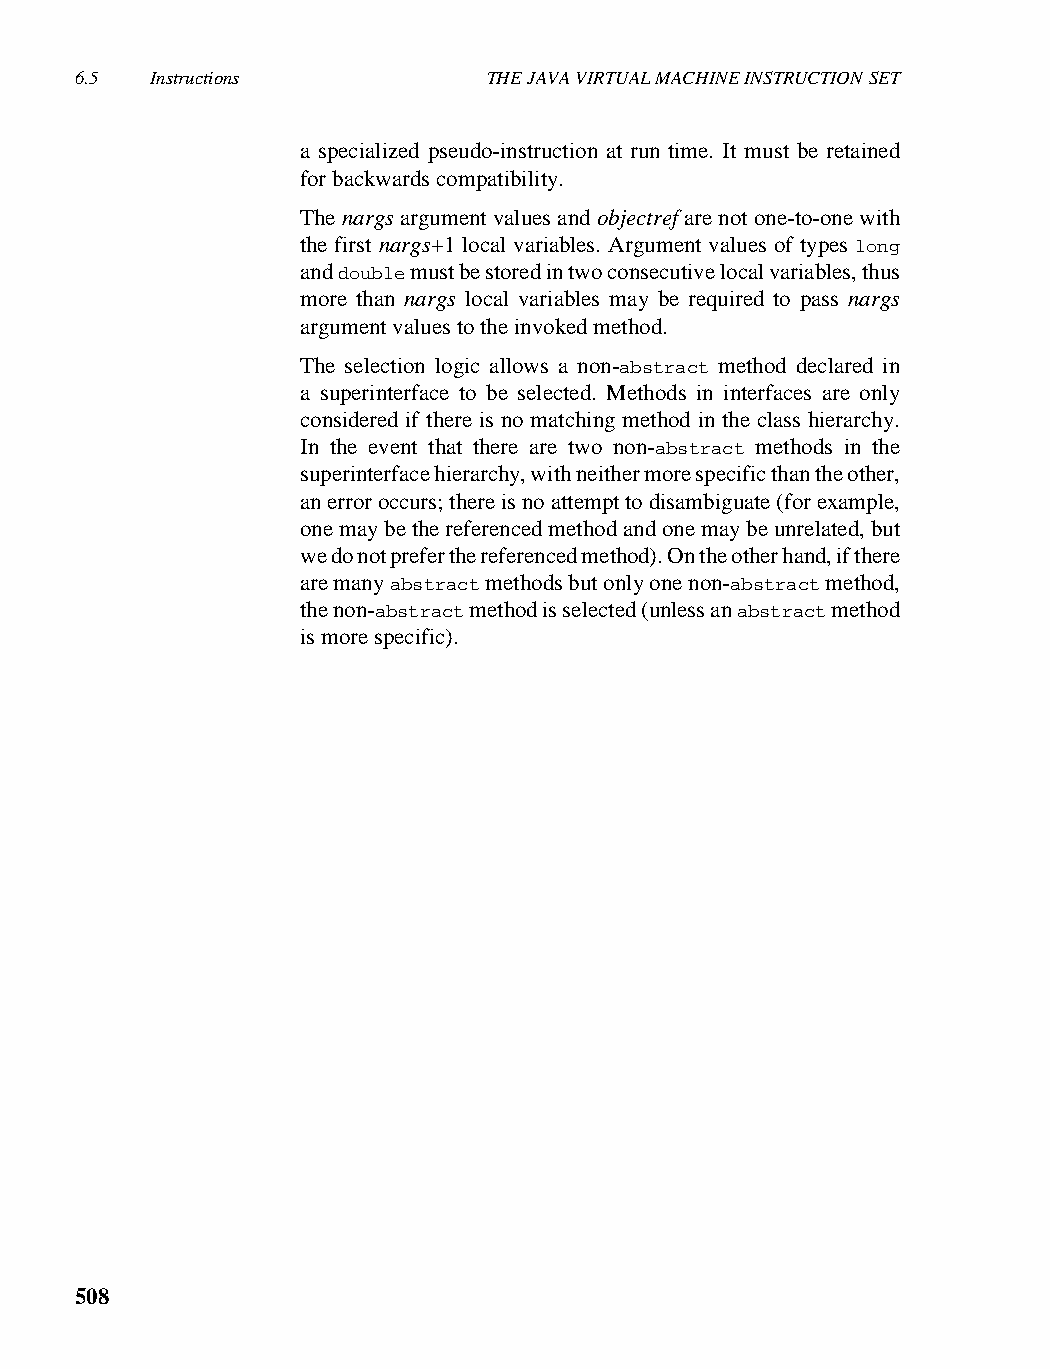
6.5  Instructions          THE JAVA VIRTUAL MACHINE INSTRUCTION SET
 a specialized pseudo-instruction at run time. It must be retained
 for backwards compatibility.
 The nargs argument values and objectref are not one-to-one with
 the first nargs+1 local variables. Argument values of types long
 and double must be stored in two consecutive local variables, thus
 more than nargs local variables may be required to pass nargs
 argument values to the invoked method.
 The selection logic allows a non-abstract method declared in
 a superinterface to be selected. Methods in interfaces are only
 considered if there is no matching method in the class hierarchy.
 In the event that there are two non-abstract methods in the
 superinterface hierarchy, with neither more specific than the other,
 an error occurs; there is no attempt to disambiguate (for example,
 one may be the referenced method and one may be unrelated, but
 we do not prefer the referenced method). On the other hand, if there
 are many abstract methods but only one non-abstract method,
 the non-abstract method is selected (unless an abstract method
 is more specific).
 508